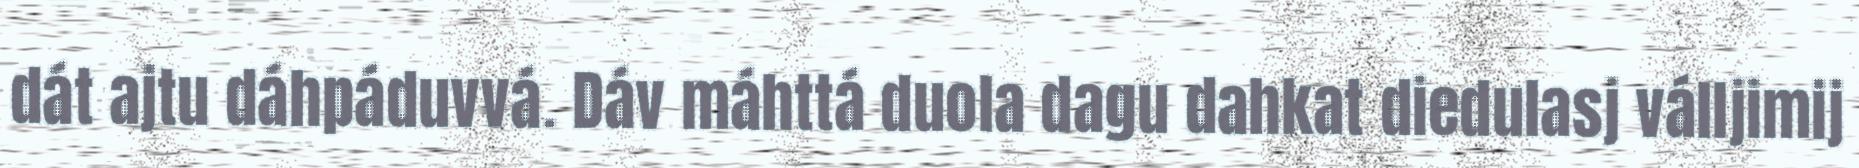
dát ajtu dáhpáduvvá. Dáv máhttá duola dagu dahkat diedulasj válljimij